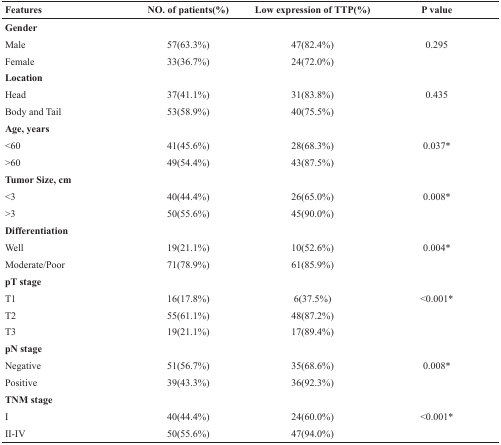
<table><thead><tr><td><b>Features</b></td><td><b>NO. of patients(%)</b></td><td><b>Low expression of TTP(%)</b></td><td><b>P value</b></td></tr></thead><tbody><tr><td><b>Gender</b></td><td></td><td></td><td></td></tr><tr><td>Male</td><td>57(63.3%)</td><td>47(82.4%)</td><td>0.295</td></tr><tr><td>Female</td><td>33(36.7%)</td><td>24(72.0%)</td><td></td></tr><tr><td><b>Location</b></td><td></td><td></td><td></td></tr><tr><td>Head</td><td>37(41.1%)</td><td>31(83.8%)</td><td>0.435</td></tr><tr><td>Body and Tail</td><td>53(58.9%)</td><td>40(75.5%)</td><td></td></tr><tr><td><b>Age, years</b></td><td></td><td></td><td></td></tr><tr><td>&lt;60</td><td>41(45.6%)</td><td>28(68.3%)</td><td>0.037*</td></tr><tr><td>&gt;60</td><td>49(54.4%)</td><td>43(87.5%)</td><td></td></tr><tr><td><b>Tumor Size, cm</b></td><td></td><td></td><td></td></tr><tr><td>&lt;3</td><td>40(44.4%)</td><td>26(65.0%)</td><td>0.008*</td></tr><tr><td>&gt;3</td><td>50(55.6%)</td><td>45(90.0%)</td><td></td></tr><tr><td><b>Differentiation</b></td><td></td><td></td><td></td></tr><tr><td>Well</td><td>19(21.1%)</td><td>10(52.6%)</td><td>0.004*</td></tr><tr><td>Moderate/Poor</td><td>71(78.9%)</td><td>61(85.9%)</td><td></td></tr><tr><td><b>pT stage</b></td><td></td><td></td><td></td></tr><tr><td>T1</td><td>16(17.8%)</td><td>6(37.5%)</td><td>&lt;0.001*</td></tr><tr><td>T2</td><td>55(61.1%)</td><td>48(87.2%)</td><td></td></tr><tr><td>T3</td><td>19(21.1%)</td><td>17(89.4%)</td><td></td></tr><tr><td><b>pN stage</b></td><td></td><td></td><td></td></tr><tr><td>Negative</td><td>51(56.7%)</td><td>35(68.6%)</td><td>0.008*</td></tr><tr><td>Positive</td><td>39(43.3%)</td><td>36(92.3%)</td><td></td></tr><tr><td><b>TNM stage</b></td><td></td><td></td><td></td></tr><tr><td>I</td><td>40(44.4%)</td><td>24(60.0%)</td><td>&lt;0.001*</td></tr><tr><td>II-IV</td><td>50(55.6%)</td><td>47(94.0%)</td><td></td></tr></tbody></table>